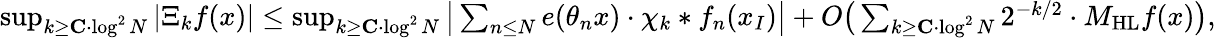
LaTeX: \begin{array}{r}{\operatorname*{sup}_{k\geq\mathbf{C}\cdot\log^{2}N}|\Xi_{k}f(x)|\leq\operatorname*{sup}_{k\geq\mathbf{C}\cdot\log^{2}N}\big|\sum_{n\leq N}e(\theta_{n}x)\cdot\chi_{k}*f_{n}(x_{I})\big|+O\big(\sum_{k\geq\mathbf{C}\cdot\log^{2}N}2^{-k/2}\cdot M_{\mathrm{HL}}f(x)\big),}\end{array}